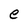
Character: e